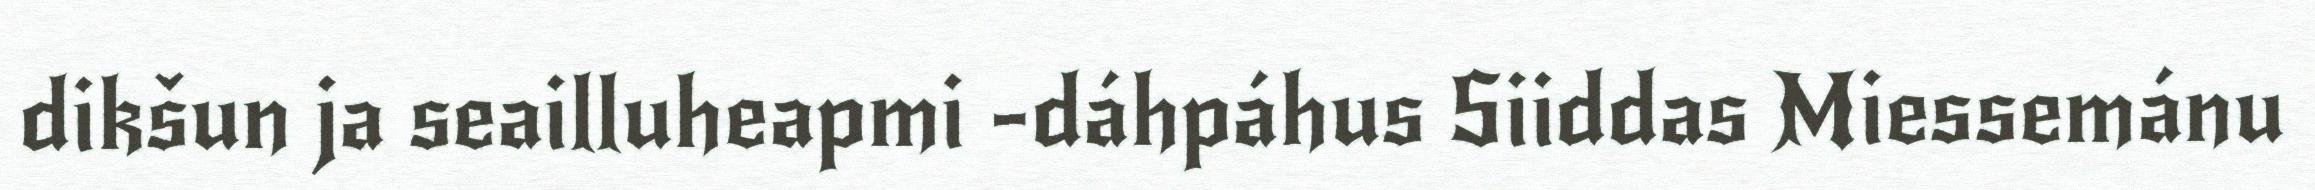
dikšun ja seailluheapmi -dáhpáhus Siiddas Miessemánu